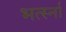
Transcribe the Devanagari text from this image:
भर्त्स्ना